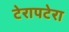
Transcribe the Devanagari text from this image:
टेरापटेरा